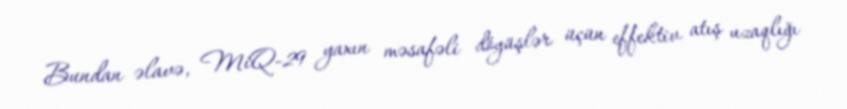
Bundan əlavə, MiQ-29 yaxın məsafəli döyüşlər üçün effektiv atış uzaqlığı